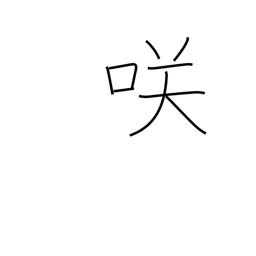
Meaning: blossom